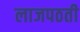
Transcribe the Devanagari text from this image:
लाजपठती